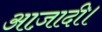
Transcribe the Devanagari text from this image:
आज़ादी।